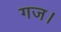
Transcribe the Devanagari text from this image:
गज।